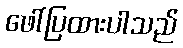
ဖေါ်ပြထားပါသည်